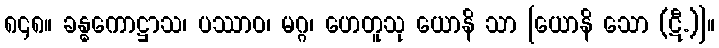
၈၄၈။ ခန္ဓကောဋ္ဌာသ၊ ပဿာဝ၊ မဂ္ဂ၊ ဟေတူသု ယောနိ သာ [ယောနိ သော (ဋီ.)]။